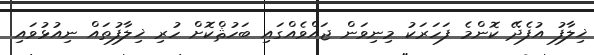
ޚިލާފު އުފެދޭ ކޮންމެ ފަހަރަކު މިނިވަން ޖައްވެއްގައި ބަހުޘްކޮށް ހުރި ޚިލާފުތައް ނިއުޅުވައި